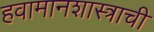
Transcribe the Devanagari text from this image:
हवामानशास्त्राची